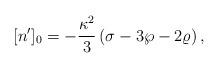
LaTeX: \begin{align*}[n^{\prime}]_0=-{\kappa^2\over 3}\left(\sigma-3\wp-2\varrho\right),\end{align*}